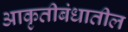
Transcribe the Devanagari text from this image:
आकृतीबंधातील